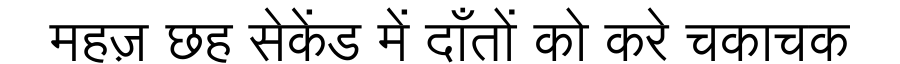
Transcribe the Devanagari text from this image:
महज़ छह सेकेंड में दाँतों को करे चकाचक